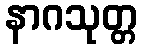
နာဂသုတ္တ